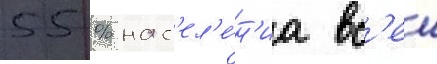
55 % нас'ел'е́н'иа вс'еи